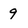
Character: 9